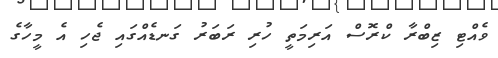
ވެއްޓި ޒިބްރާ ކްރޮސް އަރިމަތީ ހުރި ރަބަރު ގަނޑެއްގައި ޖެހި އެ މީހާގެ